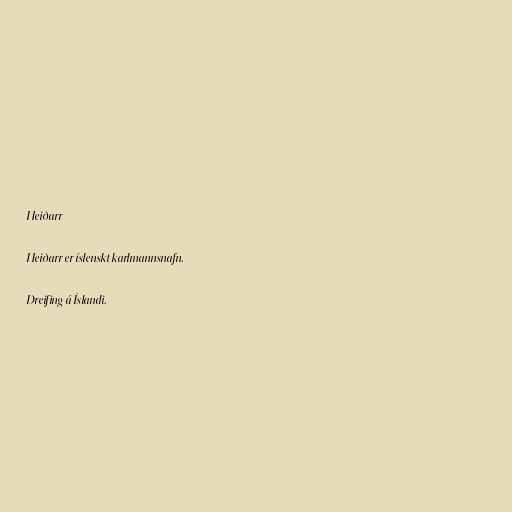
Heiðarr

Heiðarr er íslenskt karlmannsnafn.

Dreifing á Íslandi.